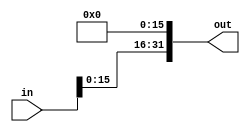
`timescale 1ns / 1ps
//////////////////////////////////////////////////////////////////////////////////
// Company: 
// Engineer: 
// 
// Design Name: 
// Module Name: lui
// Project Name: 
// Target Devices: 
// Tool Versions: 
// Description: 
// 
// Dependencies: 
// 
// Revision:
// Revision 0.01 - File Created
// Additional Comments:
// 
//////////////////////////////////////////////////////////////////////////////////


module lui(in, out);

    parameter size = 32;
    
    input [size-1:0] in;
    output [size-1:0] out;
    
    assign out = {in[size-17:0], 16'b0};

endmodule